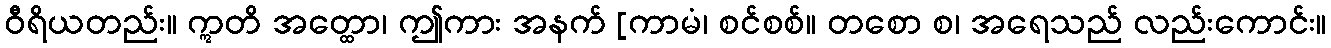
ဝီရိယတည်း။ ဣတိ အတ္ထော၊ ဤကား အနက် [ကာမံ၊ စင်စစ်။ တစော စ၊ အရေသည် လည်းကောင်း။